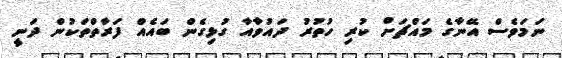
ނަމަވެސް އޭނާގެ މައްޗަށް ކުރި ހުތުރު ދައުވާއާ ގުޅިގެން ބައެއް ފަރާތްތަކުން ދަނީ